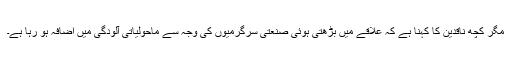
مگر کچھ ناقدین کا کہنا ہے کہ علاقے میں بڑھتی ہوئی صنعتی سرگرمیوں کی وجہ سے ماحولیاتی آلودگی میں اضافہ ہو رہا ہے۔